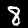
Label: 8